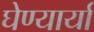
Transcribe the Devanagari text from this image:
घेण्यार्या